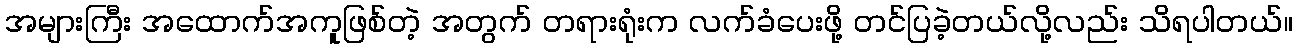
အများကြီး အထောက်အကူဖြစ်တဲ့ အတွက် တရားရုံးက လက်ခံပေးဖို့ တင်ပြခဲ့တယ်လို့လည်း သိရပါတယ်။